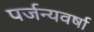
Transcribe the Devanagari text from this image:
पर्जन्यवर्षा